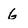
Character: 6